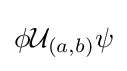
\phi {\mathcal {U}}_{(a,b)}\psi